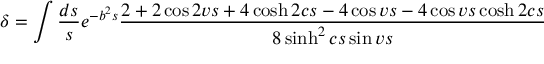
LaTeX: \delta = \int \frac { d s } { s } e ^ { - b ^ { 2 } s } \frac { 2 + 2 \cos 2 v s + 4 \cosh 2 c s - 4 \cos v s - 4 \cos v s \cosh 2 c s } { 8 \sinh ^ { 2 } c s \sin v s }